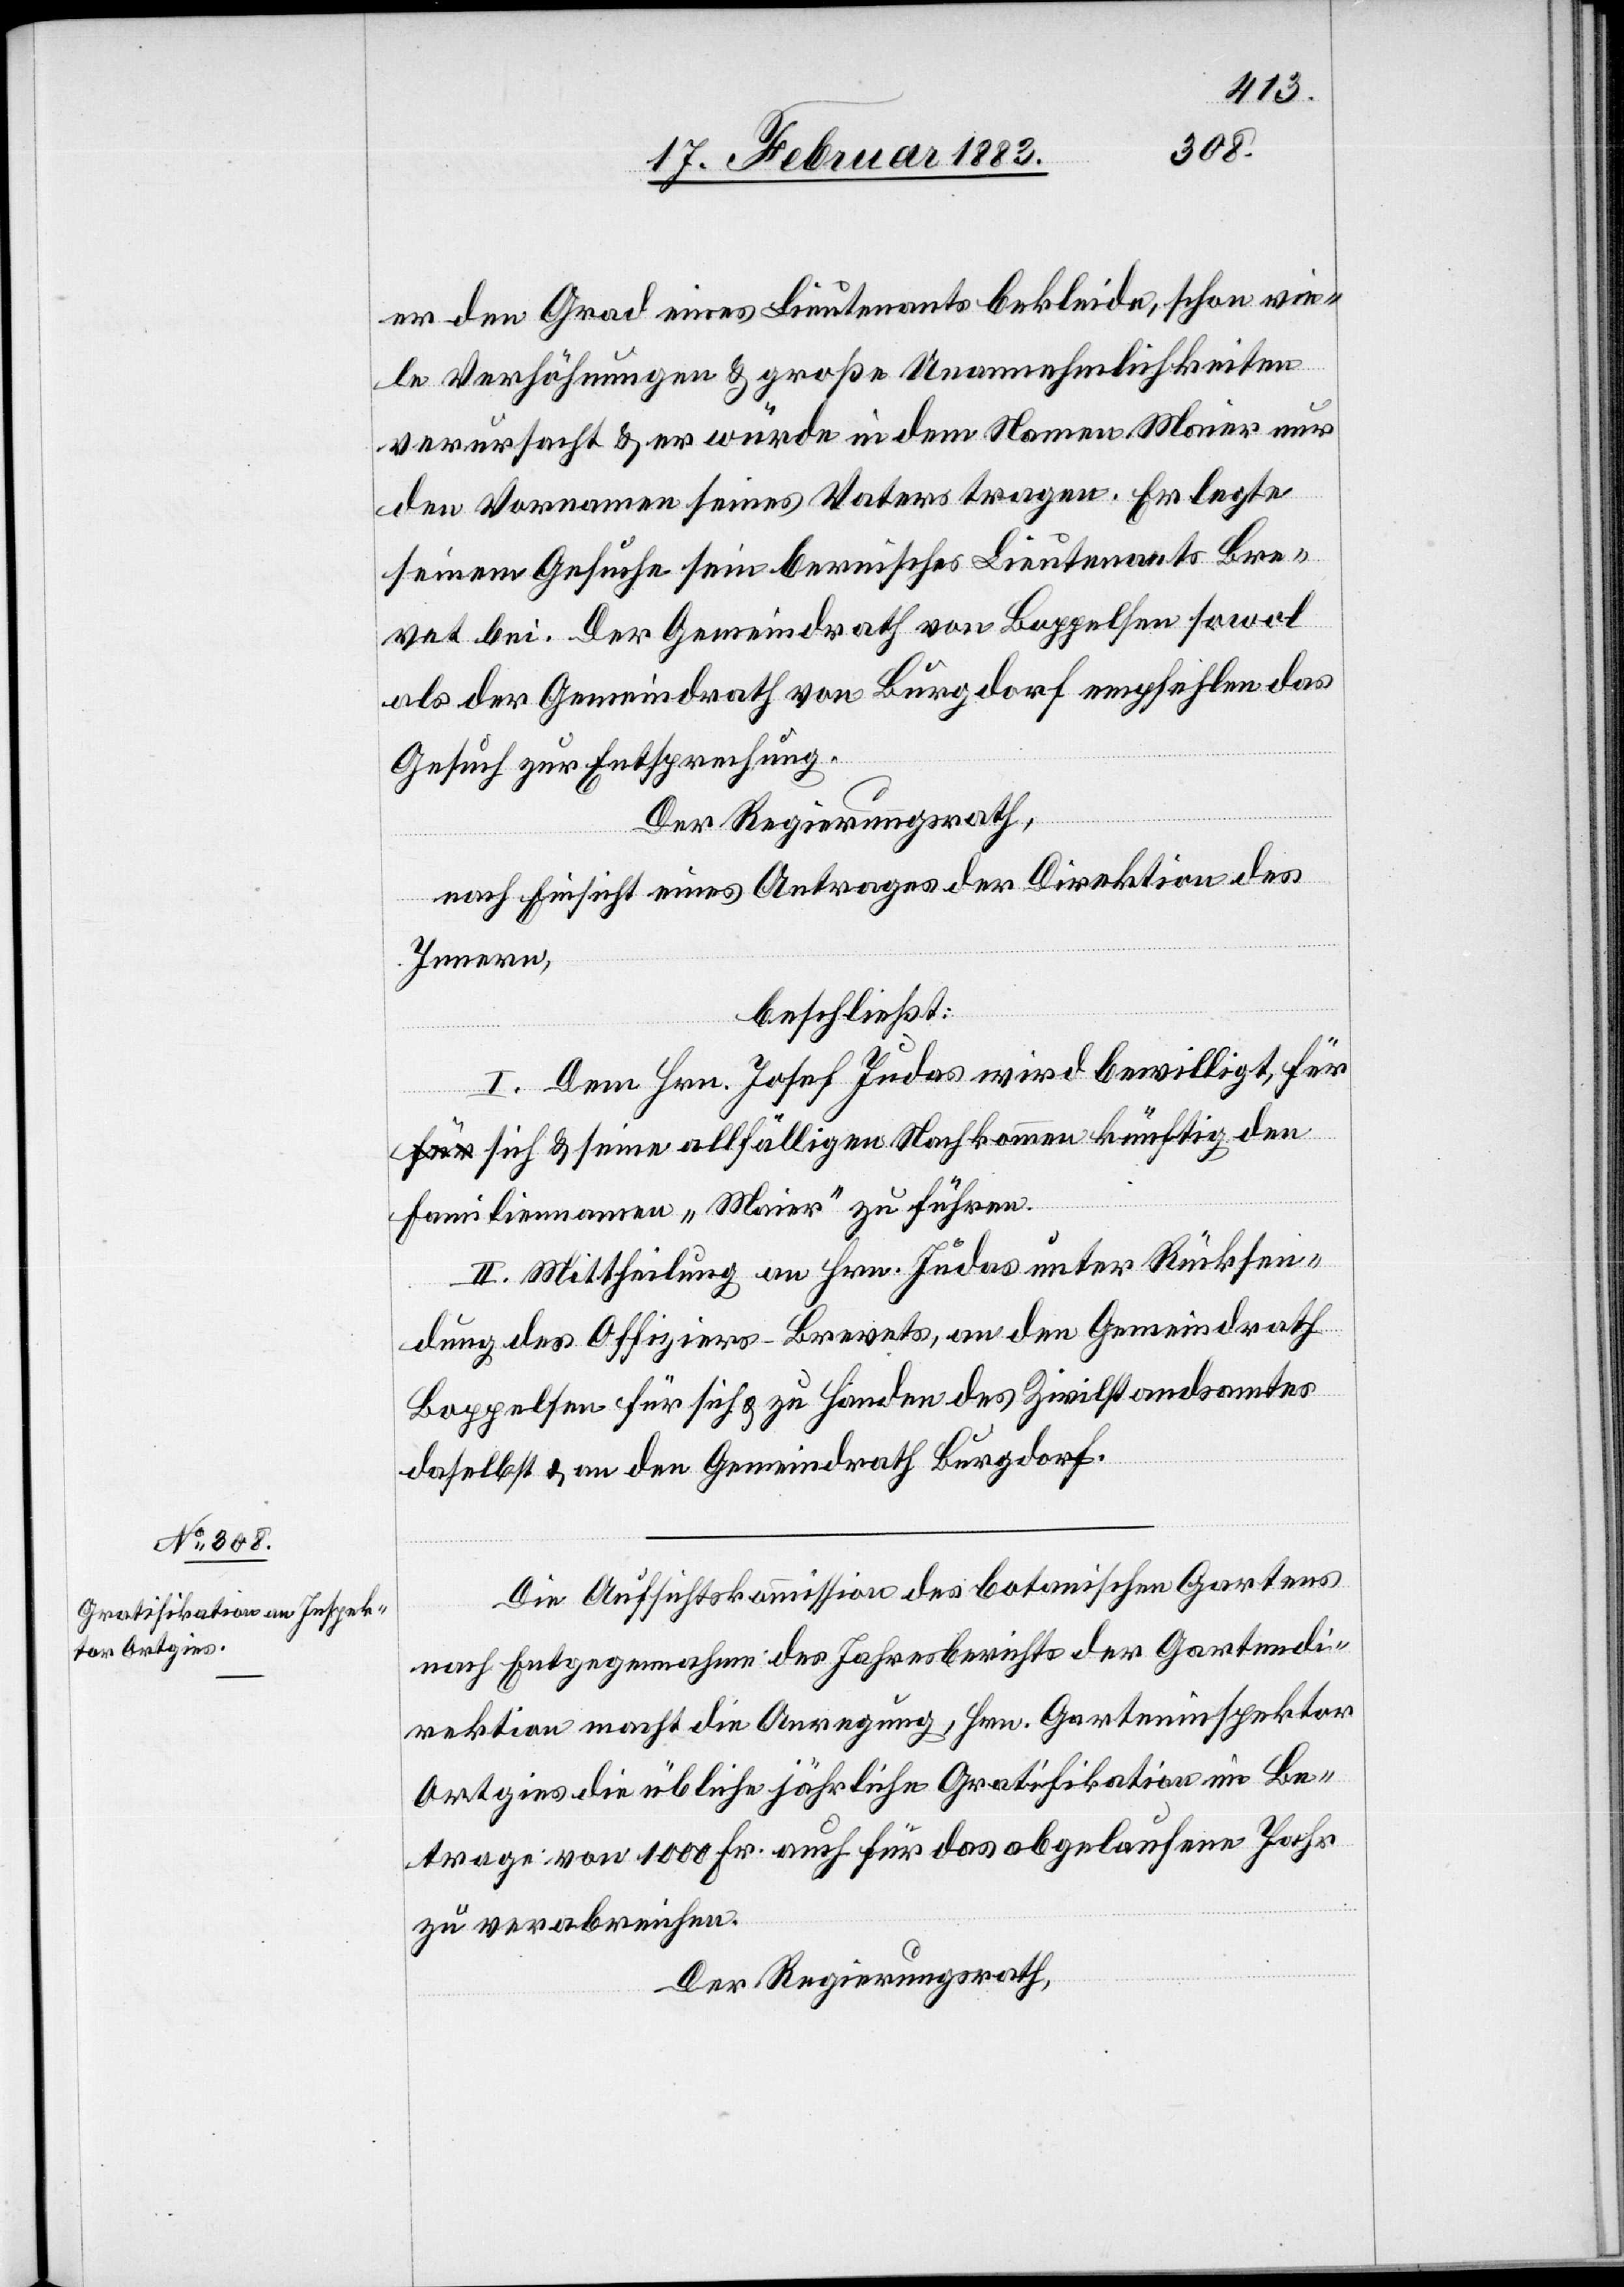
er den Grad eines Lieutenants bekleide, schon vie¬
le Verhöhnungen & Unannehmlichkeiten
verursacht & er würde in dem Namen Maier nur
den Vornamen seines Vaters tragen. Er legte
seinem Gesuche sein bernisches Lieutenants Bre¬
vet bei. Der Gemeindrath von Boppelsen sowol
als der Gemeindrath von Burgdorf empfehlen das
Gesuch zur Entsprechung.
Der Regierungsrath,
nach Einsicht eines Antrages der Direktion des
Innern,
beschließt:
I. Dem Hrn. Josef Judas wird bewilligt, fü¬
r sich & seine allfälligen Nachkommen künftig den
Familiennamen „Maier“ zu führen.
II. Mittheilung an Hrn. Judas unter Rücksen¬
dung des Offiziers-Brevets, an den Gemeindrath
Boppelsen für sich & zu Handen des Zivilstandsamtes
daselbst & an den Gemeindrath Burgdorf.
Die Aufsichtskommission des botanischen Gartens
nach Entgegennahme des Jahresberichts der Gartendi¬
rektion macht die Anregung, Hrn. Garteninspektor
Ortgies die übliche jährliche Gratifikation im Be¬
trage von 1000 Fr. auch für das abgelaufene Jahr
zu verabreichen.
Der Regierungsrath,